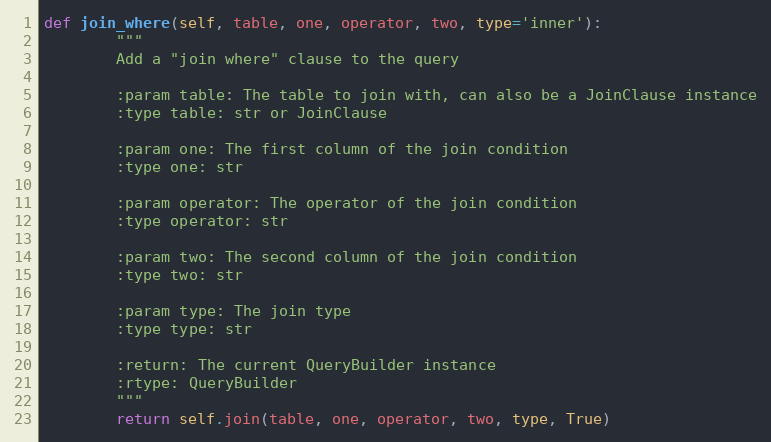
Language: Python
def join_where(self, table, one, operator, two, type='inner'):
        """
        Add a "join where" clause to the query

        :param table: The table to join with, can also be a JoinClause instance
        :type table: str or JoinClause

        :param one: The first column of the join condition
        :type one: str

        :param operator: The operator of the join condition
        :type operator: str

        :param two: The second column of the join condition
        :type two: str

        :param type: The join type
        :type type: str

        :return: The current QueryBuilder instance
        :rtype: QueryBuilder
        """
        return self.join(table, one, operator, two, type, True)